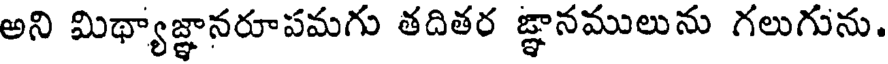
అని మిథ్యాజ్ఞానరూపమగు తదితర జ్ఞానములును గలుగును.